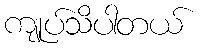
ကျုပ်သိပါတယ်